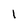
Character: L